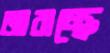
জারাচ্ছে